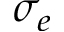
\sigma _ { e }